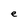
Character: e